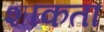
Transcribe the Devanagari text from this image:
शाकता